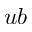
u b